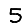
Digit: 5